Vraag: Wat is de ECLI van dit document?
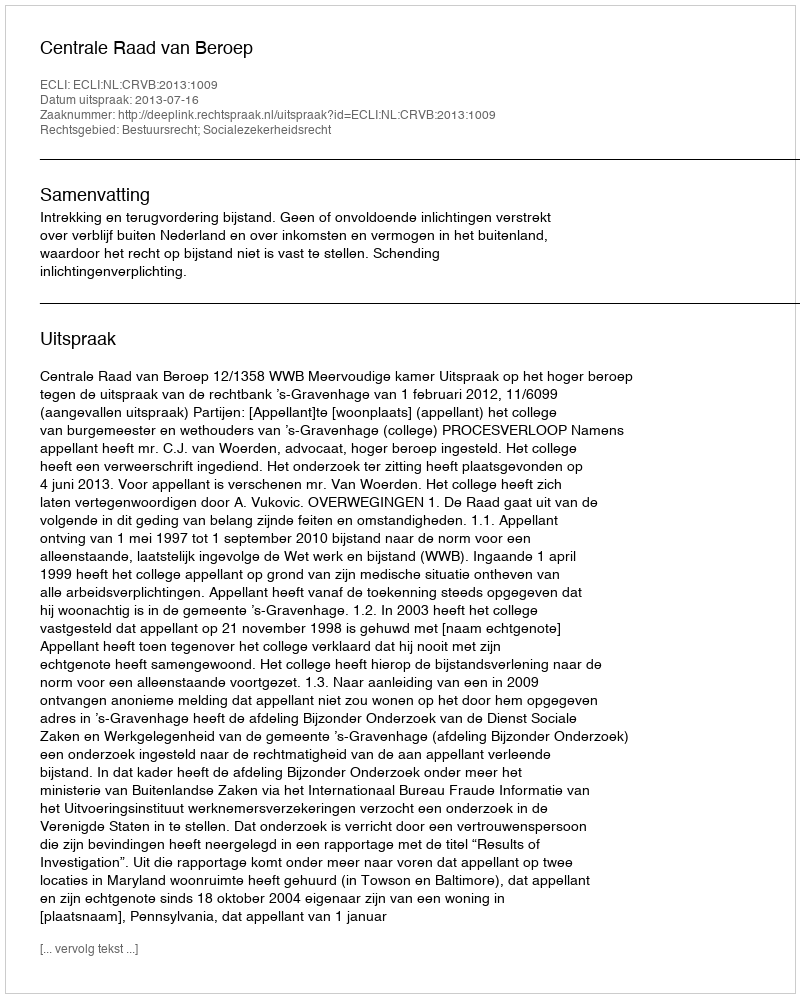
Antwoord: ECLI:NL:CRVB:2013:1009